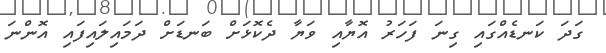
ގަދަ ކަނޑެއްގައި ގިނަ ފަހަރު އޮޔާއި ވަޔާ ދެކޮޅަށް ބަނޑަށް ދަމައިލައިފައި އޮންނަ